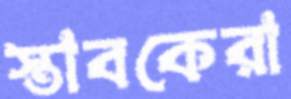
স্তাবকেরা